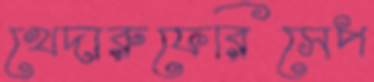
খেদারুফেরিসেপ